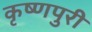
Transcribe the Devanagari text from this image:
कृष्णपुरी